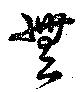
無